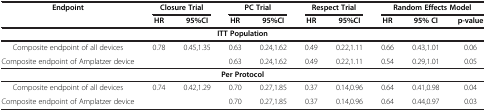
<table><thead><tr><td rowspan="2"><b>Endpoint</b></td><td colspan="2"><b>Closure Trial</b></td><td colspan="2"><b>PC Trial</b></td><td colspan="2"><b>Respect Trial</b></td><td colspan="3"><b>Random Effects Model</b></td></tr><tr><td><b>HR</b></td><td><b>95%CI</b></td><td><b>HR</b></td><td><b>95%CI</b></td><td><b>HR</b></td><td><b>95%CI</b></td><td><b>HR</b></td><td><b>95% CI</b></td><td><b>p-value</b></td></tr></thead><tbody><tr><td colspan="10"><b>ITT Population</b></td></tr><tr><td>Composite endpoint of all devices</td><td>0.78</td><td>0.45,1.35</td><td>0.63</td><td>0.24,1.62</td><td>0.49</td><td>0.22,1.11</td><td>0.66</td><td>0.43,1.01</td><td>0.06</td></tr><tr><td>Composite endpoint of Amplatzer device</td><td> </td><td> </td><td>0.63</td><td>0.24,1.62</td><td>0.49</td><td>0.22,1.11</td><td>0.54</td><td>0.29,1.01</td><td>0.05</td></tr><tr><td colspan="10"><b>Per Protocol</b></td></tr><tr><td>Composite endpoint of all devices</td><td>0.74</td><td>0.42,1.29</td><td>0.70</td><td>0.27,1.85</td><td>0.37</td><td>0.14,0.96</td><td>0.64</td><td>0.41,0.98</td><td>0.04</td></tr><tr><td>Composite endpoint of Amplatzer device</td><td colspan="2"> </td><td>0.70</td><td>0.27,1.85</td><td>0.37</td><td>0.14,0.96</td><td>0.64</td><td>0.44,0.97</td><td>0.03</td></tr></tbody></table>